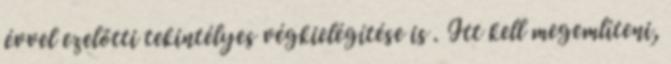
évvel ezelőtti tekintélyes végkielégítése is . Itt kell megemlíteni,